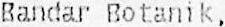
BANDAR BOTANIK,